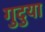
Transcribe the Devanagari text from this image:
गुदुया